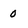
Character: 0